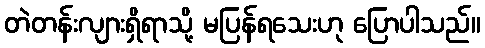
တဲတန်းလျားရှိရာသို့ မပြန်ရသေးဟု ပြောပါသည်။